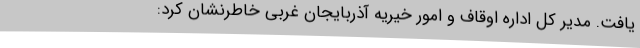
یافت. مدیر کل اداره اوقاف و امور خیریه آذربایجان غربی خاطرنشان کرد: